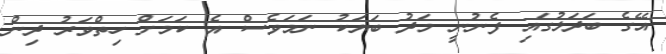
އޭގެ ބަދަލުގައި ފެނުނީ މަދު ބަޔަކު ނަމަވެސް އެ ކަމަށް ހިތްވަރު ދިން